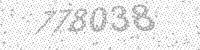
Solution: 778038